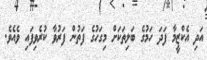
އަދި އެކްޒީމާ ފަދަ ހަމުގެ ބަލިތަކަށް މިގަހުގެ ފަތުން ފަރުވާ ކުރެވިފައި ވެއެވެ.